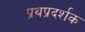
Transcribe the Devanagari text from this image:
प्रथप्रदर्शक